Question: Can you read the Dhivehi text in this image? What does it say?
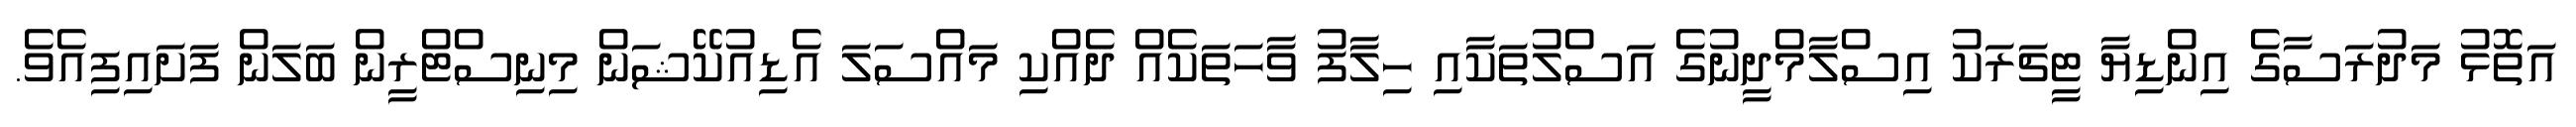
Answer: އަތޮޅު މަދުރަސާގެ އިންޑިޔާ ޓީޗަރަކު އިސްލާމްދީނުގެ އަސްލުތަކާއި ހިލާފު ވާހަތަކެއް ދެއްކި މައްސަލަ އެޑިއުކޭޝަން މިނިސްޓްރީން ބަލަން ފަށައިފިއެވެ.